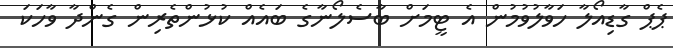
ޕެޕް ގާޑިއޯލާ ހަވާލުވުމުން އެ ޓީމަށް ބާސެލޯނާގެ ބައެއް ކުޅުންތެރިން ގެންދާ ވާހަކަ